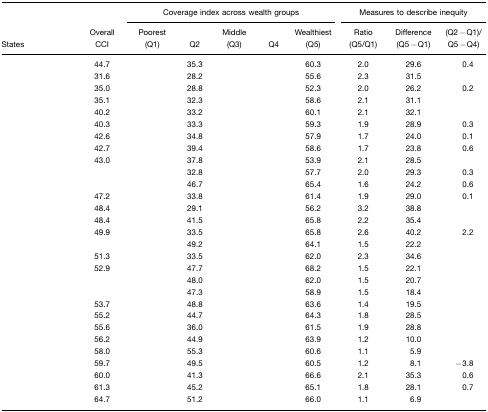
<table><thead><tr><td>[EMPTY_CELL]</td><td>[EMPTY_CELL]</td><td colspan="5"><b>Coverage index across wealth groups</b></td><td colspan="5"><b>Measures to describe inequity</b></td></tr><tr><td><b>States</b></td><td><b>Overall CCI</b></td><td><b>Poorest (Q1)</b></td><td><b>Q2</b></td><td><b>Middle (Q3)</b></td><td><b>Q4</b></td><td><b>Wealthiest (Q5)</b></td><td><b>Ratio (Q5/Q1)</b></td><td><b>Difference (Q5 − Q1)</b></td><td><b>(Q2 − Q1)/Q5 − Q4)</b></td></tr></thead><tbody><tr><td>[EMPTY_CELL]</td><td>44.7</td><td>[EMPTY_CELL]</td><td>35.3</td><td>[EMPTY_CELL]</td><td>[EMPTY_CELL]</td><td>60.3</td><td>2.0</td><td>29.6</td><td>0.4</td></tr><tr><td>[EMPTY_CELL]</td><td>31.6</td><td>[EMPTY_CELL]</td><td>28.2</td><td>[EMPTY_CELL]</td><td>[EMPTY_CELL]</td><td>55.6</td><td>2.3</td><td>31.5</td><td>[EMPTY_CELL]</td></tr><tr><td>[EMPTY_CELL]</td><td>35.0</td><td>[EMPTY_CELL]</td><td>28.8</td><td>[EMPTY_CELL]</td><td>[EMPTY_CELL]</td><td>52.3</td><td>2.0</td><td>26.2</td><td>0.2</td></tr><tr><td>[EMPTY_CELL]</td><td>35.1</td><td>[EMPTY_CELL]</td><td>32.3</td><td>[EMPTY_CELL]</td><td>[EMPTY_CELL]</td><td>58.6</td><td>2.1</td><td>31.1</td><td>[EMPTY_CELL]</td></tr><tr><td>[EMPTY_CELL]</td><td>40.2</td><td>[EMPTY_CELL]</td><td>33.2</td><td>[EMPTY_CELL]</td><td>[EMPTY_CELL]</td><td>60.1</td><td>2.1</td><td>32.1</td><td>[EMPTY_CELL]</td></tr><tr><td>[EMPTY_CELL]</td><td>40.3</td><td>[EMPTY_CELL]</td><td>33.3</td><td>[EMPTY_CELL]</td><td>[EMPTY_CELL]</td><td>59.3</td><td>1.9</td><td>28.9</td><td>0.3</td></tr><tr><td>[EMPTY_CELL]</td><td>42.6</td><td>[EMPTY_CELL]</td><td>34.8</td><td>[EMPTY_CELL]</td><td>[EMPTY_CELL]</td><td>57.9</td><td>1.7</td><td>24.0</td><td>0.1</td></tr><tr><td>[EMPTY_CELL]</td><td>42.7</td><td>[EMPTY_CELL]</td><td>39.4</td><td>[EMPTY_CELL]</td><td>[EMPTY_CELL]</td><td>58.6</td><td>1.7</td><td>23.8</td><td>0.6</td></tr><tr><td>[EMPTY_CELL]</td><td>43.0</td><td>[EMPTY_CELL]</td><td>37.8</td><td>[EMPTY_CELL]</td><td>[EMPTY_CELL]</td><td>53.9</td><td>2.1</td><td>28.5</td><td>[EMPTY_CELL]</td></tr><tr><td>[EMPTY_CELL]</td><td>[EMPTY_CELL]</td><td>[EMPTY_CELL]</td><td>32.8</td><td>[EMPTY_CELL]</td><td>[EMPTY_CELL]</td><td>57.7</td><td>2.0</td><td>29.3</td><td>0.3</td></tr><tr><td>[EMPTY_CELL]</td><td>[EMPTY_CELL]</td><td>[EMPTY_CELL]</td><td>46.7</td><td>[EMPTY_CELL]</td><td>[EMPTY_CELL]</td><td>65.4</td><td>1.6</td><td>24.2</td><td>0.6</td></tr><tr><td>[EMPTY_CELL]</td><td>47.2</td><td>[EMPTY_CELL]</td><td>33.8</td><td>[EMPTY_CELL]</td><td>[EMPTY_CELL]</td><td>61.4</td><td>1.9</td><td>29.0</td><td>0.1</td></tr><tr><td>[EMPTY_CELL]</td><td>48.4</td><td>[EMPTY_CELL]</td><td>29.1</td><td>[EMPTY_CELL]</td><td>[EMPTY_CELL]</td><td>56.2</td><td>3.2</td><td>38.8</td><td>[EMPTY_CELL]</td></tr><tr><td>[EMPTY_CELL]</td><td>48.4</td><td>[EMPTY_CELL]</td><td>41.5</td><td>[EMPTY_CELL]</td><td>[EMPTY_CELL]</td><td>65.8</td><td>2.2</td><td>35.4</td><td>[EMPTY_CELL]</td></tr><tr><td>[EMPTY_CELL]</td><td>49.9</td><td>[EMPTY_CELL]</td><td>33.5</td><td>[EMPTY_CELL]</td><td>[EMPTY_CELL]</td><td>65.8</td><td>2.6</td><td>40.2</td><td>2.2</td></tr><tr><td>[EMPTY_CELL]</td><td>[EMPTY_CELL]</td><td>[EMPTY_CELL]</td><td>49.2</td><td>[EMPTY_CELL]</td><td>[EMPTY_CELL]</td><td>64.1</td><td>1.5</td><td>22.2</td><td>[EMPTY_CELL]</td></tr><tr><td>[EMPTY_CELL]</td><td>51.3</td><td>[EMPTY_CELL]</td><td>33.5</td><td>[EMPTY_CELL]</td><td>[EMPTY_CELL]</td><td>62.0</td><td>2.3</td><td>34.6</td><td>[EMPTY_CELL]</td></tr><tr><td>[EMPTY_CELL]</td><td>52.9</td><td>[EMPTY_CELL]</td><td>47.7</td><td>[EMPTY_CELL]</td><td>[EMPTY_CELL]</td><td>68.2</td><td>1.5</td><td>22.1</td><td>[EMPTY_CELL]</td></tr><tr><td>[EMPTY_CELL]</td><td>[EMPTY_CELL]</td><td>[EMPTY_CELL]</td><td>48.0</td><td>[EMPTY_CELL]</td><td>[EMPTY_CELL]</td><td>62.0</td><td>1.5</td><td>20.7</td><td>[EMPTY_CELL]</td></tr><tr><td>[EMPTY_CELL]</td><td>[EMPTY_CELL]</td><td>[EMPTY_CELL]</td><td>47.3</td><td>[EMPTY_CELL]</td><td>[EMPTY_CELL]</td><td>58.9</td><td>1.5</td><td>18.4</td><td>[EMPTY_CELL]</td></tr><tr><td>[EMPTY_CELL]</td><td>53.7</td><td>[EMPTY_CELL]</td><td>48.8</td><td>[EMPTY_CELL]</td><td>[EMPTY_CELL]</td><td>63.6</td><td>1.4</td><td>19.5</td><td>[EMPTY_CELL]</td></tr><tr><td>[EMPTY_CELL]</td><td>55.2</td><td>[EMPTY_CELL]</td><td>44.7</td><td>[EMPTY_CELL]</td><td>[EMPTY_CELL]</td><td>64.3</td><td>1.8</td><td>28.5</td><td>[EMPTY_CELL]</td></tr><tr><td>[EMPTY_CELL]</td><td>55.6</td><td>[EMPTY_CELL]</td><td>36.0</td><td>[EMPTY_CELL]</td><td>[EMPTY_CELL]</td><td>61.5</td><td>1.9</td><td>28.8</td><td>[EMPTY_CELL]</td></tr><tr><td>[EMPTY_CELL]</td><td>56.2</td><td>[EMPTY_CELL]</td><td>44.9</td><td>[EMPTY_CELL]</td><td>[EMPTY_CELL]</td><td>63.9</td><td>1.2</td><td>10.0</td><td>[EMPTY_CELL]</td></tr><tr><td>[EMPTY_CELL]</td><td>58.0</td><td>[EMPTY_CELL]</td><td>55.3</td><td>[EMPTY_CELL]</td><td>[EMPTY_CELL]</td><td>60.6</td><td>1.1</td><td>5.9</td><td>[EMPTY_CELL]</td></tr><tr><td>[EMPTY_CELL]</td><td>59.7</td><td>[EMPTY_CELL]</td><td>49.5</td><td>[EMPTY_CELL]</td><td>[EMPTY_CELL]</td><td>60.5</td><td>1.2</td><td>8.1</td><td>−3.8</td></tr><tr><td>[EMPTY_CELL]</td><td>60.0</td><td>[EMPTY_CELL]</td><td>41.3</td><td>[EMPTY_CELL]</td><td>[EMPTY_CELL]</td><td>66.6</td><td>2.1</td><td>35.3</td><td>0.6</td></tr><tr><td>[EMPTY_CELL]</td><td>61.3</td><td>[EMPTY_CELL]</td><td>45.2</td><td>[EMPTY_CELL]</td><td>[EMPTY_CELL]</td><td>65.1</td><td>1.8</td><td>28.1</td><td>0.7</td></tr><tr><td>[EMPTY_CELL]</td><td>64.7</td><td>[EMPTY_CELL]</td><td>51.2</td><td>[EMPTY_CELL]</td><td>[EMPTY_CELL]</td><td>66.0</td><td>1.1</td><td>6.9</td><td>[EMPTY_CELL]</td></tr></tbody></table>